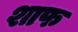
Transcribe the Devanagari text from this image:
शाफ